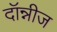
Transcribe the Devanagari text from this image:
दॉन्नीज